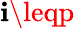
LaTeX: \mathbf{i}\leqp